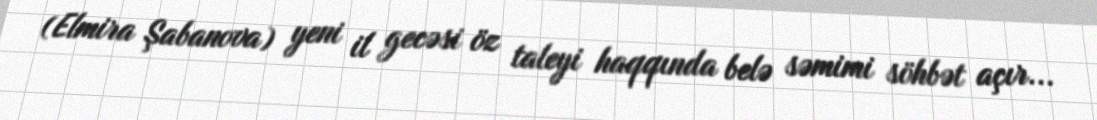
(Elmira Şabanova) yeni il gecəsi öz taleyi haqqında belə səmimi söhbət açır...